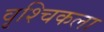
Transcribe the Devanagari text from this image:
वृश्‍चिकला